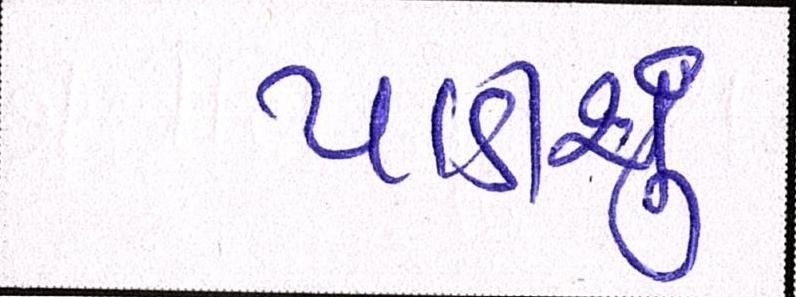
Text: પાડીશું